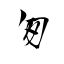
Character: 匆